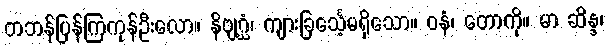
တဘန်ပြန်ကြကုန်ဦးလော။ နိဗျဂ္ဃံ၊ ကျားခြင်္သေ့မရှိသော။ ဝနံ၊ တောကို။ မာ ဆိန္ဒ၊